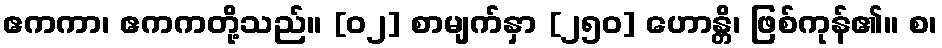
ဧကကာ၊ ဧကကတို့သည်။ [၀၂] စာမျက်နှာ [၂၅၀] ဟောန္တိ၊ ဖြစ်ကုန်၏။ စ၊